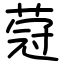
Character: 蒄